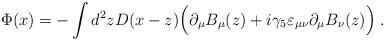
LaTeX: \begin{align*}\Phi(x) = -\int d^2z D(x-z) \Big( \partial_\mu B_\mu(z) + i \gamma_5\varepsilon_{\mu \nu} \partial_\mu B_\nu(z) \Big) \; .\end{align*}